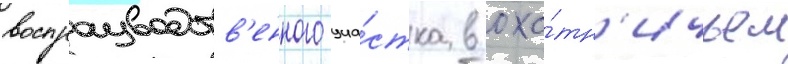
воспроизводств'енного уча́стка в охо́тн'ичьем